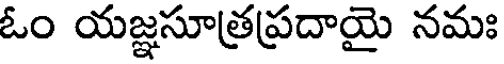
ఓం యజ్ఞసూత్రప్రదాయై నమః